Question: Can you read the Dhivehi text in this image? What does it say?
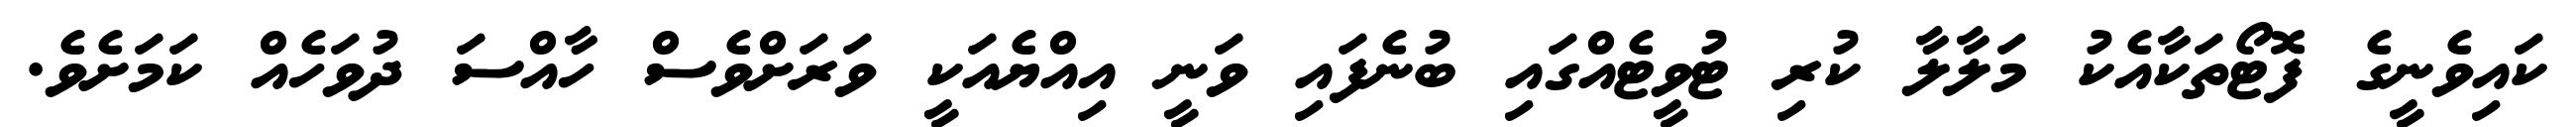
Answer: ކައިވެނީގެ ފޮޓޯތަކާއެކު މަލާލާ ކުރި ޓުވީޓެއްގައި ބުނެފައި ވަނީ އިއްޔެއަކީ ވަރަށްވެސް ހާއްސަ ދުވަހެއް ކަމަށެވެ.